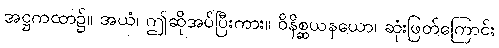
အဋ္ဌကထာ၌။ အယံ၊ ဤဆိုအပ်ပြီးကား။ ဝိနိစ္ဆယနယော၊ ဆုံးဖြတ်ကြောင်း